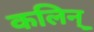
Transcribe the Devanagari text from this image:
कलिन्